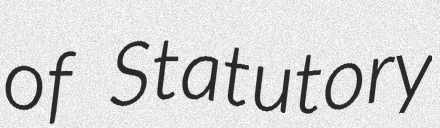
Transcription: of Statutory